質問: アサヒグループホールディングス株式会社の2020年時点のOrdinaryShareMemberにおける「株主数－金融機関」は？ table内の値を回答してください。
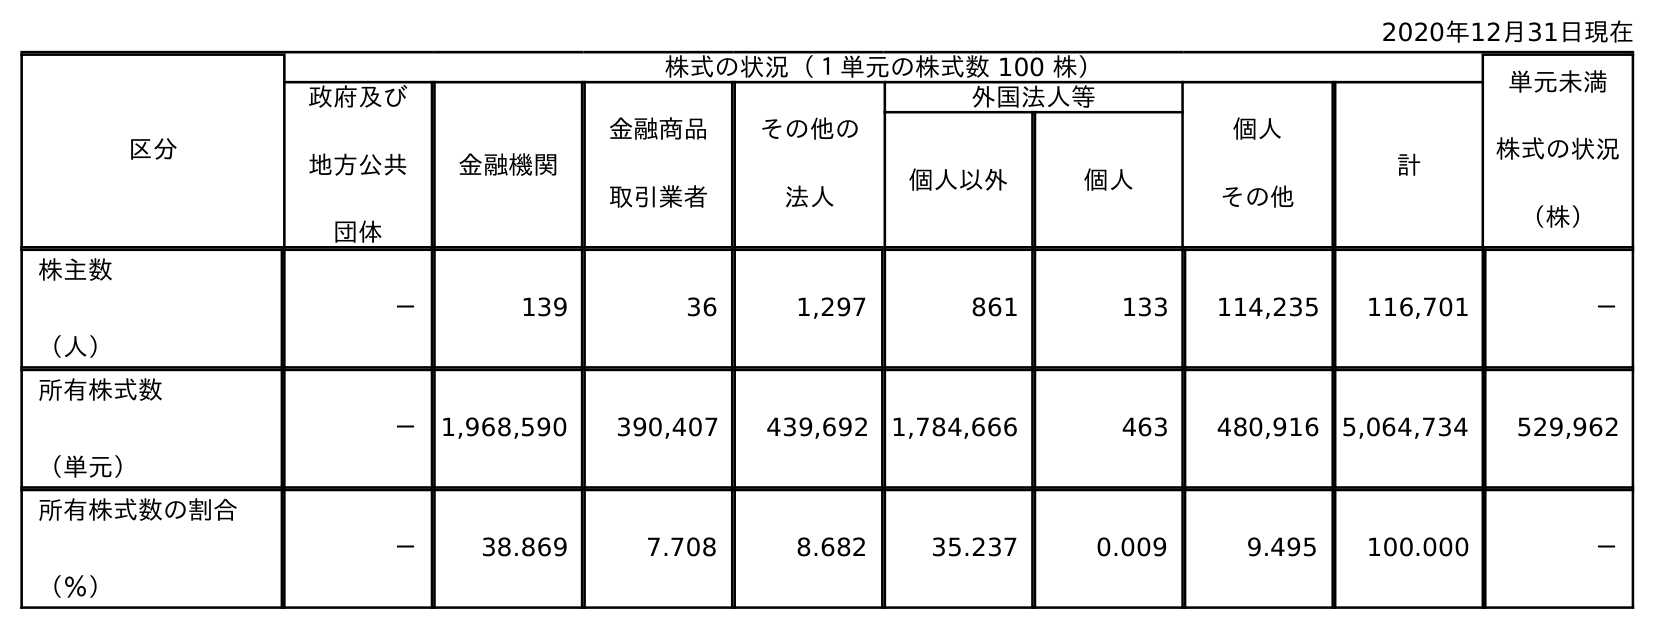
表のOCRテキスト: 2020年12月31日現在 区分 株式の状況（１単元の株式数 100 株） 単元未満 株式の状況 （株） 政府及び 地方公共 団体 金融機関 金融商品 取引業者 その他の 法人 外国法人等 個人 その他 計 個人以外 個人 株主数 （人） － 139 36 1,297 861 133 114,235 116,701 － 所有株式数 （単元） － 1,968,590 390,407 439,692 1,784,666 463 480,916 5,064,734 529,962 所有株式数の割合 （％） － 38.869 7.708 8.682 35.237 0.009 9.495 100.000 －
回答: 139